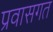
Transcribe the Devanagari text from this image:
प्रवासगत